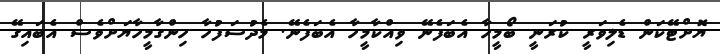
ޔޮށްޓޭކަން ޑެލިވަރީ ކުރަނީ ބޯމީހާ އެބަފެނޭ ވިއްކާމީހާ އެބަފެނޭ. މެދުސަފުހާ ހިންގާމީހާޔަށްވެސް އެބައިގޭ